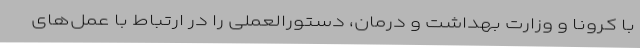
با کرونا و وزارت بهداشت و درمان، دستورالعملی را در ارتباط با عمل‌های